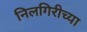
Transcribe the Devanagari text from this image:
निलगिरीच्‍या